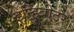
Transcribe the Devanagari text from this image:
इन्हिबीटर